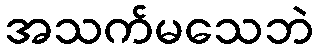
အသက်မသေဘဲ